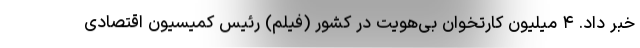
خبر داد. ۴ میلیون کارتخوان بی‌هویت در کشور (فیلم) رئیس کمیسیون اقتصادی